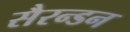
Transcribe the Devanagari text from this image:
सैरन्डन